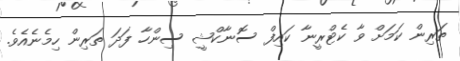
ތަރިން ކަމަށް ވާ ކެޓްރީނާ ކައިފް ސޮނާކްޝީ ސިންހާ ފަދަ ތަރިން ހިމެނެއެވެ.